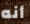
أنه